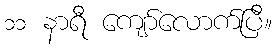
၁၁ နာရီ ကျော်လောက်ပြီ။